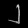
Digit: ၂